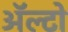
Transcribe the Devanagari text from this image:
अॅल्टो